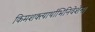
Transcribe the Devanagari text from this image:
किमशक्त्यार्थाभिनिवेशेन।